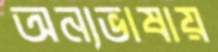
অন্যভাষায়